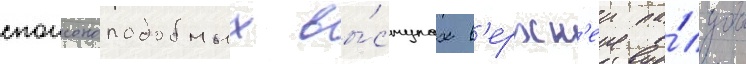
спонсоноподобных вы́ступах в'ерхн'еи па́лубы